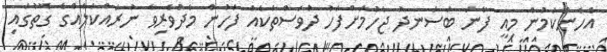
އެހެންކަމުން މިއީ ފާނަ ބަސަނދު ޖެހުމަށްފަހު ދުވަސްތަކެއް ފަހުން މެދުވެރިވާ ނުރައްކަލެއްގެ ގޮތުގައި